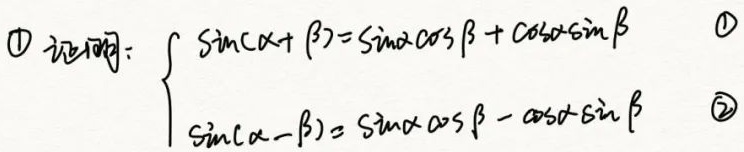
\textcircled{1} 证明：
\begin{cases}
\sin(\alpha + \beta)=\sin\alpha\cos\beta+\cos\alpha\sin\beta & \text{\textcircled{1}}\\
\sin(\alpha - \beta)=\sin\alpha\cos\beta-\cos\alpha\sin\beta & \text{\textcircled{2}}
\end{cases}